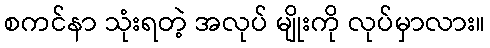
စကင်နာ သုံးရတဲ့ အလုပ် မျိုးကို လုပ်မှာလား။